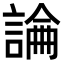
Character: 𧪺